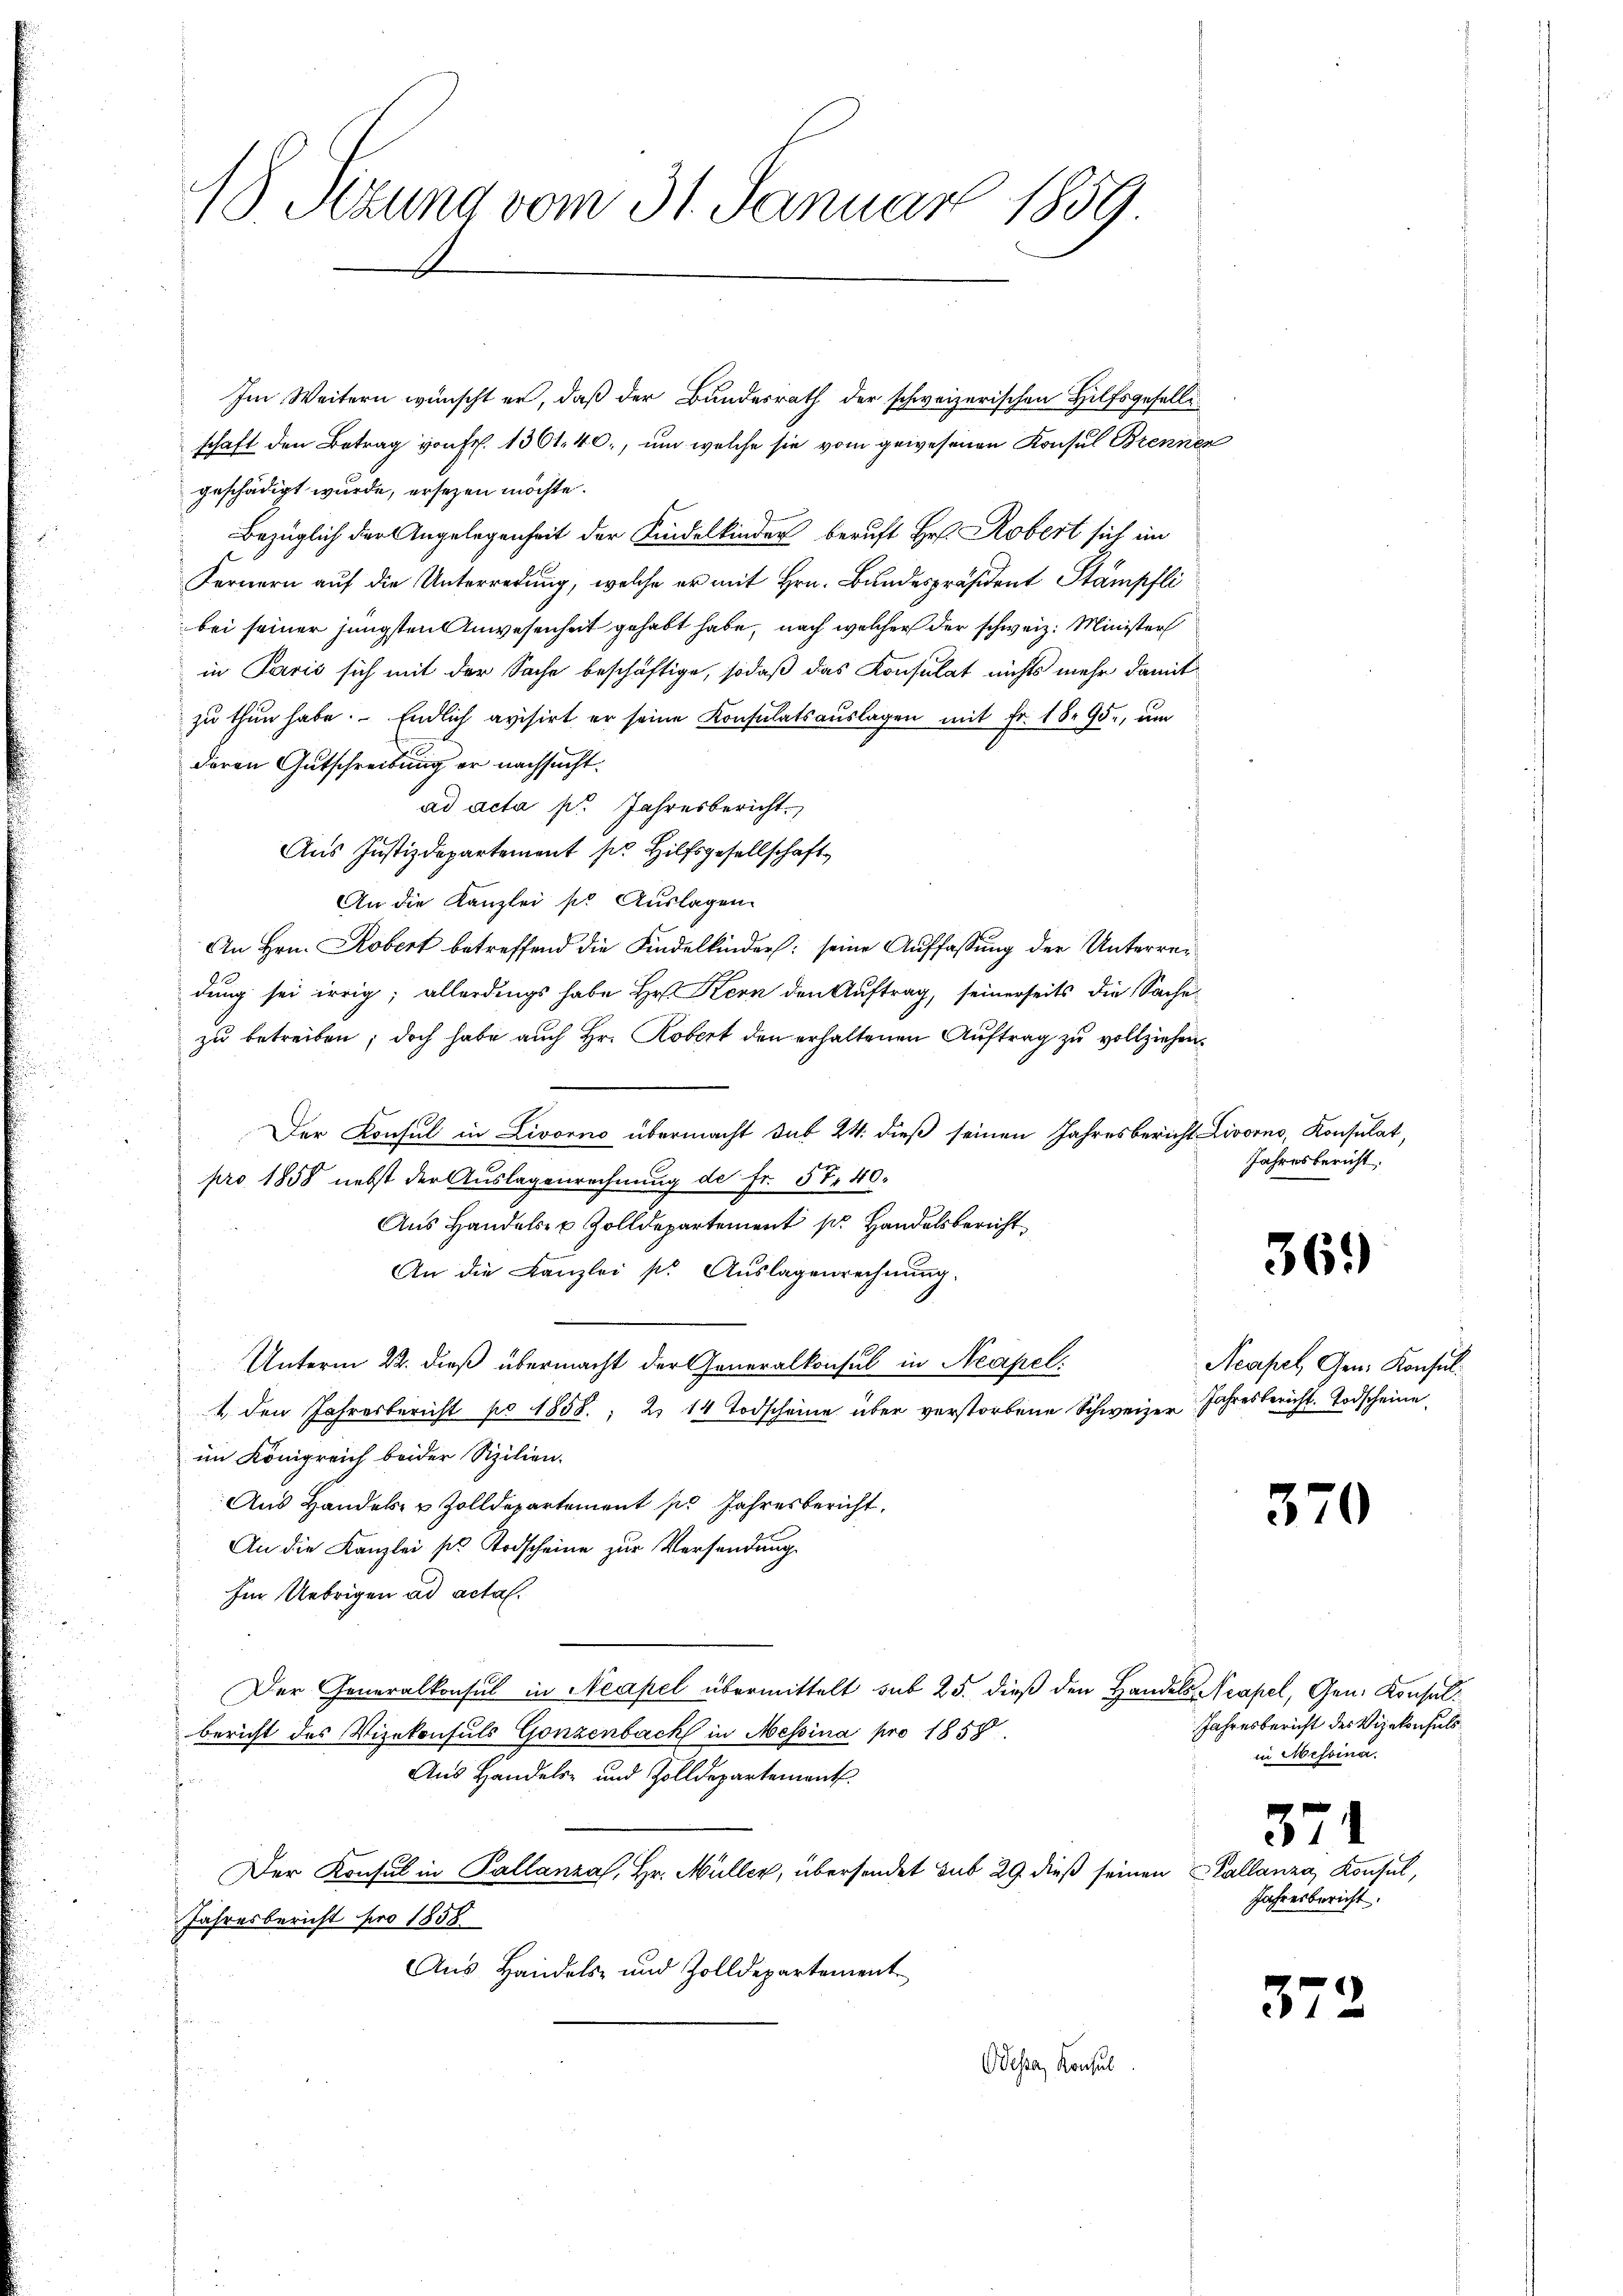
18 Stzung vom 31. Januar 1859

Im Weitern wünscht er, daß der Bundesrath der schweizerischen Hilfsgesellischaft den Betrag von Fr. 1301. 40., um welche sie vom gewesenen Konsul Brennen
geschädigt wurde, ersezen möchte.
Bezüglich der Angelegenheit der Kindelkinder beruft Hr. Robert sich im
Fernern auf die Unterredung, welche er mit Hrn. Bundespräsident Stämpfli
bei seiner jüngsten Anwesenheit gehabt habe, nach welcher der schweiz. Minister
in Paris sich mit der Sache beschäftige, sodaß das Konsulat nichts mehr damit
zu thun habe. Endlich avisirt er seine Konsulatsaŭslagen mit Fr. 18. 95., um
deren Gutschreibung er nachsucht.
ad acta pr. Jahresbericht.
Aus Justizdepartement pr. Hilfsgesellschaft
An die Kanzlei sie Auslagen.
An Hrn. Kobert betreffend die Kindelkinder: seine Auffassung der Unterreidung sei irrig; allerdings habe Hr. Kern den Auftrag, seinerseits die Sache
zu betreiben; doch habe auch Hr. Robert den erhaltenen Auftrag zu vollziehen.
Der Konsul in Livorno übermacht sub 24. dieß seinen Jahresbericht Livorno, Konsulat,
pro 1858 nebst der Auslagenrechnung der Fr. 57. 40.
Aus Handels- u. Zolldepartement pr. Handelsbericht
An die Kanzlei pr Auslagenrechnung.
Unterm 22. dieß übermacht der Generalkonsul in Neapel.
4 den Jahresbericht pr 1858, 2. 14 Todscheine über verstorbene Schweizer Jahresbericht. Todscheine
im Königreich beider Sizilien.
Aus Handels- & Zolldepartement pr Jahresbericht,
An die Kanzlei sie Todscheine zur Versendung
Im Uebrigen ad acta.
Der Generalkonsul in Neapel übermittelt sub 25. dieß den Handels Neapel, Gen. Konselbericht des Vizekonsuls Gonzenbach in Messina pro 1858
Aus Handels- und Zolldepartement
Der Konsul in Pallanza, Hr. Müller, übersendet sub 29. dieß seinen Kallanza, Konsul,
Jahresbericht pro 1858.
Aus Handels- und Zolldepartement
Odessa, Konsul

Jahresbericht.

369)

Neapel Gen. Konsul

370

Jahresbericht des Vizekonsuls
in Messina.

Jahresbericht.

374

37